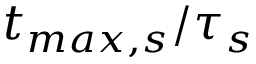
{ { t } _ { m a x , s } } / { \tau _ { s } }